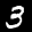
Label: 3